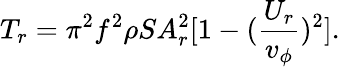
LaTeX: T_{r}={\pi^{2}f^{2}\rho SA_{r}^{2}}[1-(\frac{U_{r}}{v_{\phi}})^{2}].